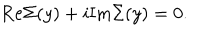
\mathrm { R e } \Sigma ( y ) + i \mathrm { I m } \Sigma ( y ) = 0 .